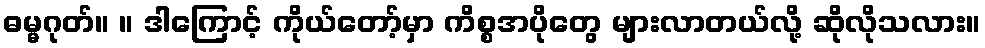
ဓမ္မဂုတ်။ ။ ဒါကြောင့် ကိုယ်တော့်မှာ ကိစ္စအပိုတွေ များလာတယ်လို့ ဆိုလိုသလား။